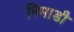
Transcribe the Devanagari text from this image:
निमाडी